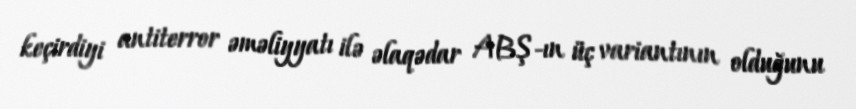
keçirdiyi antiterror əməliyyatı ilə əlaqədar ABŞ-ın üç variantının olduğunu